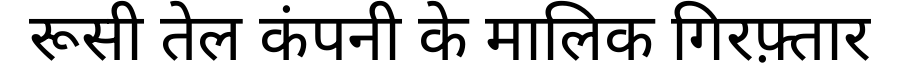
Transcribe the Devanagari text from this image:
रूसी तेल कंपनी के मालिक गिरफ़्तार